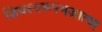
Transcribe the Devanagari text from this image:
शिवस्वरूपमज्ञात्वा